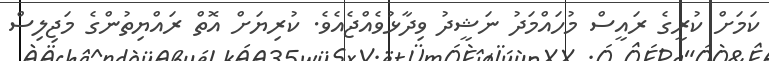
ކަމަށް ކުރީގެ ރައީސް މުހައްމަދު ނަޝީދު ވިދާޅުވެއްޖެއެވެ. ކުރިޔަށް އޮތް ރައްޔިތުންގެ މަޖިލިސް